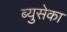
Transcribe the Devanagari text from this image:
ब्युसेका